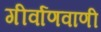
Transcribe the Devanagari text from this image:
गीर्वाणवाणी